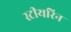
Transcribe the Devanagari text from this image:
स्टीयरिन